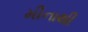
મીનાથી